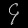
Digit: ၄